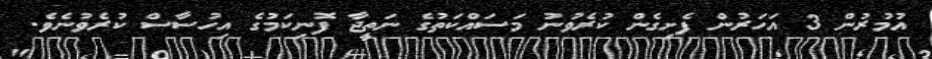
އުމުރުން 3 އަހަރުން ފެށިގެން ކުރެވުނު މަސައްކަތުގެ ނަތީޖާ ފޮނިކަމުގެ އިހުސާސް ކުރެވުނެވެ.